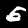
Label: 5